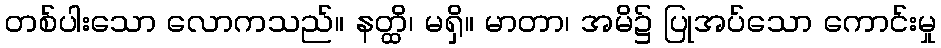
တစ်ပါးသော လောကသည်။ နတ္ထိ၊ မရှိ။ မာတာ၊ အမိ၌ ပြုအပ်သော ကောင်းမှု